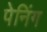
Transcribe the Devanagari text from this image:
पेनिंग